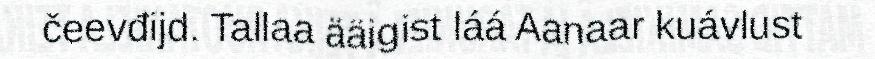
čeevđijd. Tallaa ääigist láá Aanaar kuávlust